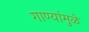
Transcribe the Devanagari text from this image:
गाण्यांमुळे